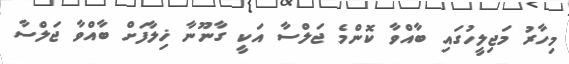
މިހާރު މަޖިލީހުގައި ބާއްވާ ކޮންމެ ޖަލްސާ އަކީ ގާނޫނާ ޚިލާފަށް ބާއްވާ ޖަލްސާ